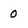
Character: 0